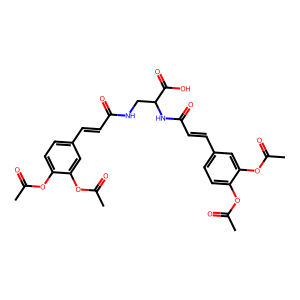
SMILES: CC(=O)Oc1ccc(C=CC(=O)NCC(NC(=O)C=Cc2ccc(OC(C)=O)c(OC(C)=O)c2)C(=O)O)cc1OC(C)=O
Inhibits HIV replication: No